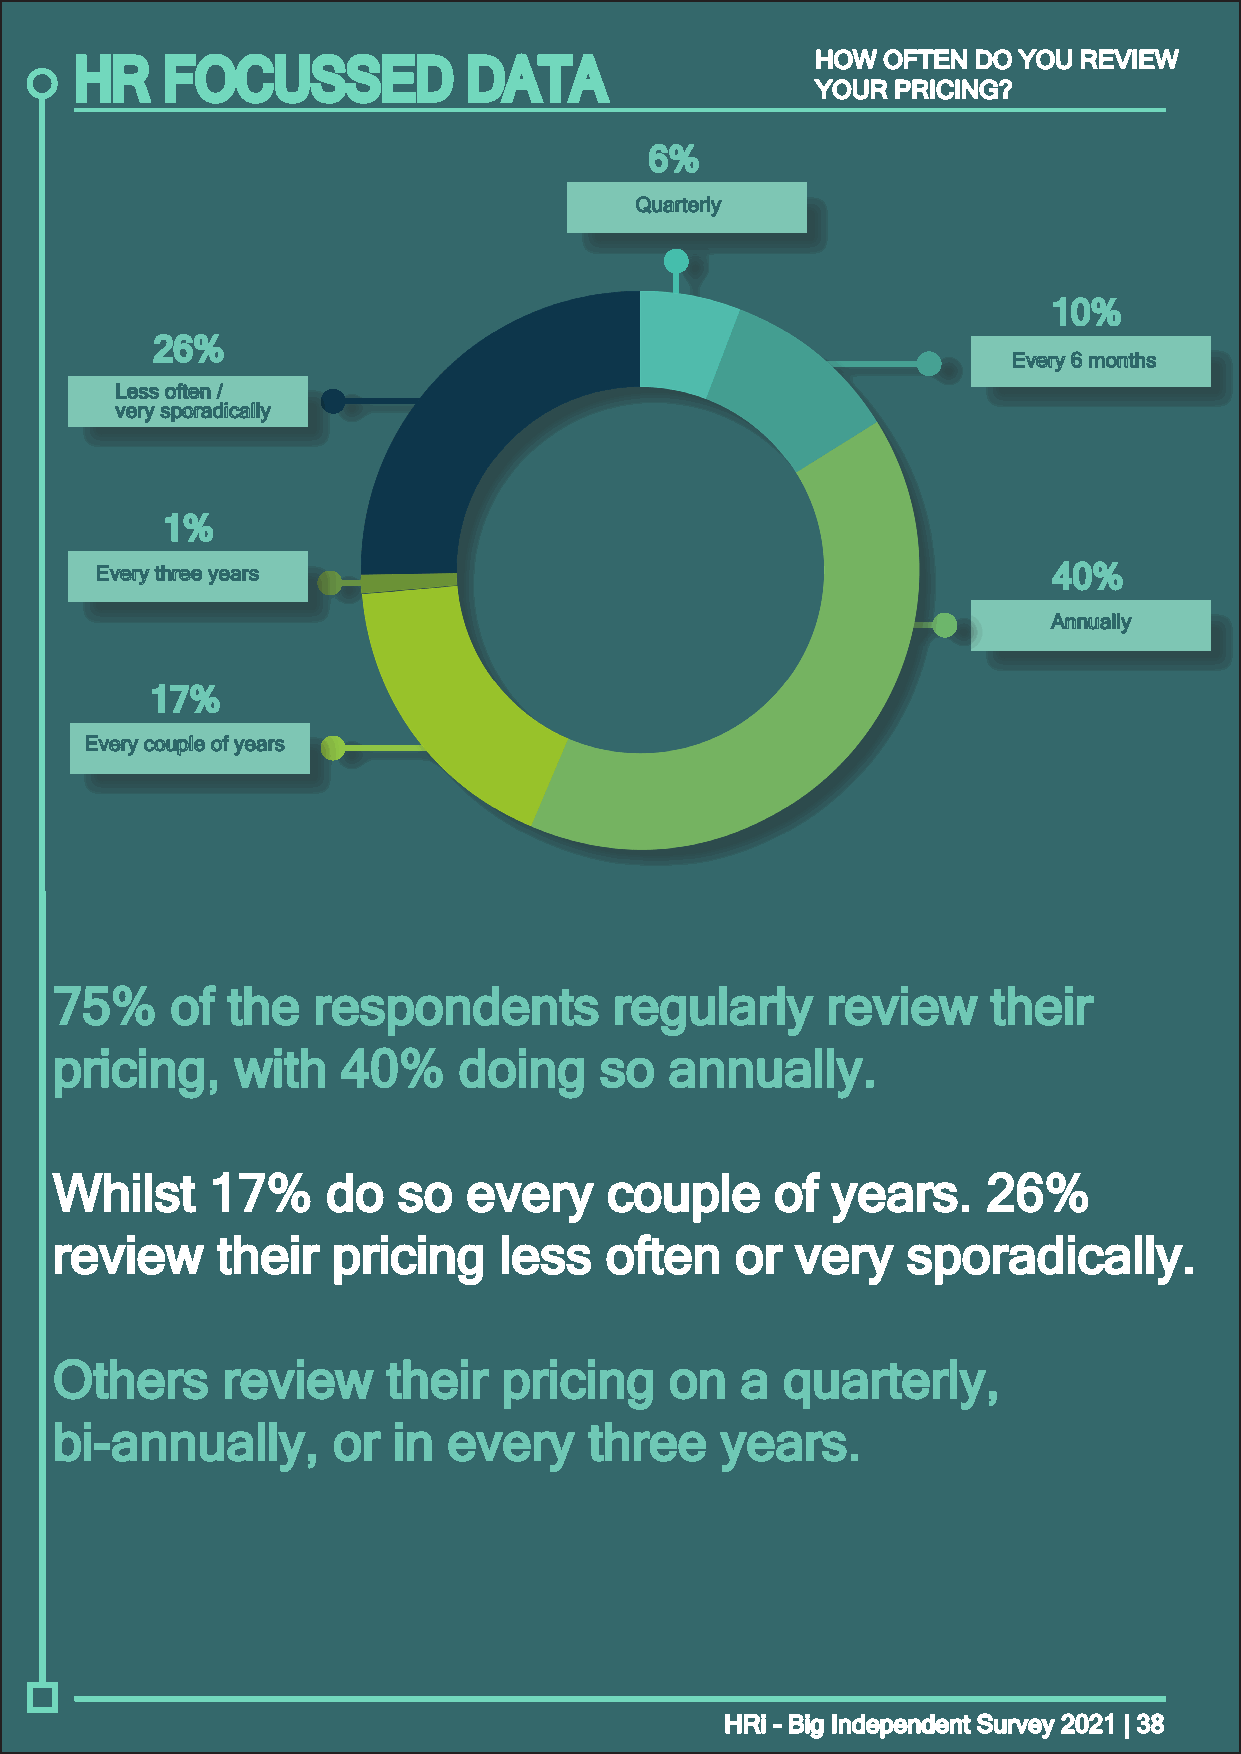
HR    FOCUSSED            DATA                   HHOOWW OOFFTTEENN DDOO YYOOUU RREEVVIIEEWW
 YYOOUURR PPRRIICCIINNGG??
 66%%
 QQuuaarrtteerrllyy
 1100%%
 2266%%
 EEvveerryy 66 mmoonntthhss
 LLeessss oofftteenn //
 vveerryy ssppoorraaddiiccaallllyy
 11%%
 EEvveerryy tthhrreeee yyeeaarrss                                4400%%
 AAnnnnuuaallllyy
 1177%%
 EEvveerryy ccoouuppllee ooff yyeeaarrss
 7755%% ooff tthhee rreessppoonnddeennttss rreegguullaarrllyy rreevviieeww tthheeiirr
 pprriicciinngg,, wwiitthh 4400%% ddooiinngg ssoo aannnnuuaallllyy..
 WWhhiillsstt 1177%% ddoo ssoo eevveerryy ccoouuppllee ooff yyeeaarrss.. 2266%%
 rreevviieeww tthheeiirr pprriicciinngg lleessss oofftteenn oorr vveerryy ssppoorraaddiiccaallllyy..
 OOtthheerrss rreevviieeww tthheeiirr pprriicciinngg oonn aa qquuaarrtteerrllyy,,
 bbii--aannnnuuaallllyy,, oorr iinn eevveerryy tthhrreeee yyeeaarrss..
 HHRRii -- BBiigg IInnddeeppeennddeenntt SSuurrvveeyy 22002211 || 3388